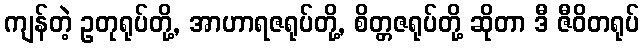
ကျန်တဲ့ ဥတုရုပ်တို့, အာဟာရဇရုပ်တို့, စိတ္တဇရုပ်တို့ ဆိုတာ ဒီ ဇီဝိတရုပ်